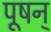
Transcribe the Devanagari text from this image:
पूषन्